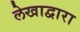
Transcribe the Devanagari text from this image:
लेखाद्वारा